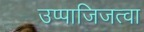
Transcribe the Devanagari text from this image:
उप्पाजिजत्वा